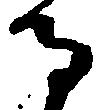
る